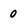
Character: 0